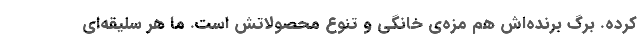
کرده. برگ برنده‌اش هم مزه‌ی خانگی و تنوع محصولاتش است. ما هر سلیقه‌ای